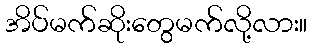
အိပ်မက်ဆိုးတွေမက်လို့လား။